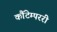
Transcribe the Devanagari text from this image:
कौंटेम्पररी